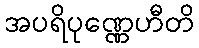
အပရိပုဏ္ဏေဟီတိ